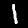
Label: 1